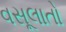
વસૂલાતો